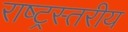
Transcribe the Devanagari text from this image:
राष्ट्रस्तरीय